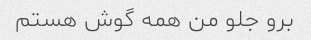
برو جلو من همه گوش هستم